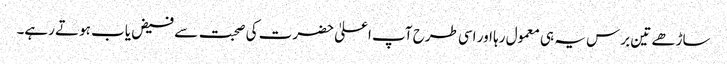
ساڑھے تین برس یہ ہی معمول رہا اور اسی طرح آپ اعلیٰ حضرت کی صحبت سے فیض یاب ہوتے رہے۔